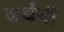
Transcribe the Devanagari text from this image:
कर्धनी